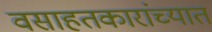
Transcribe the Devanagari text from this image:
वसाहतकारांच्यात